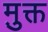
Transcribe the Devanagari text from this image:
मु़क्त